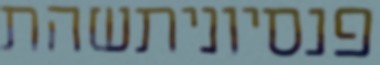
פנסיוניתשהת